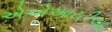
એએઆરટીઆઇ